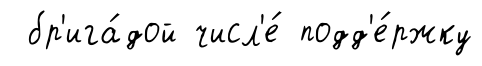
бр'ига́дой числ'е́ подд'е́ржку